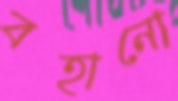
বহানো